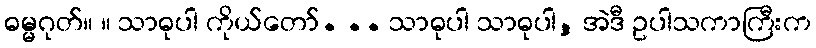
ဓမ္မဂုတ်။ ။ သာဓုပါ ကိုယ်တော်. .. သာဓုပါ သာဓုပါ, အဲဒီ ဥပါသကာကြီးက